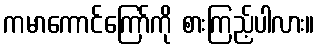
ကမာကောင်ကြော်ကို စားကြည့်ပါလား။